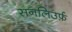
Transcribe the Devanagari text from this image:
सनलिउर्फ़